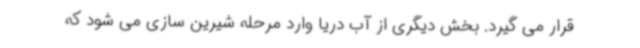
قرار می گیرد. بخش دیگری از آب دریا وارد مرحله شیرین سازی می شود که